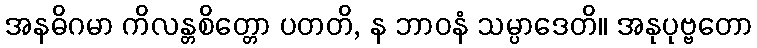
အနဓိဂမာ ကိလန္တစိတ္တော ပတတိ, န ဘာဝနံ သမ္ပာဒေတိ။ အနုပုဗ္ဗတော